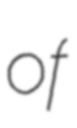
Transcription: of